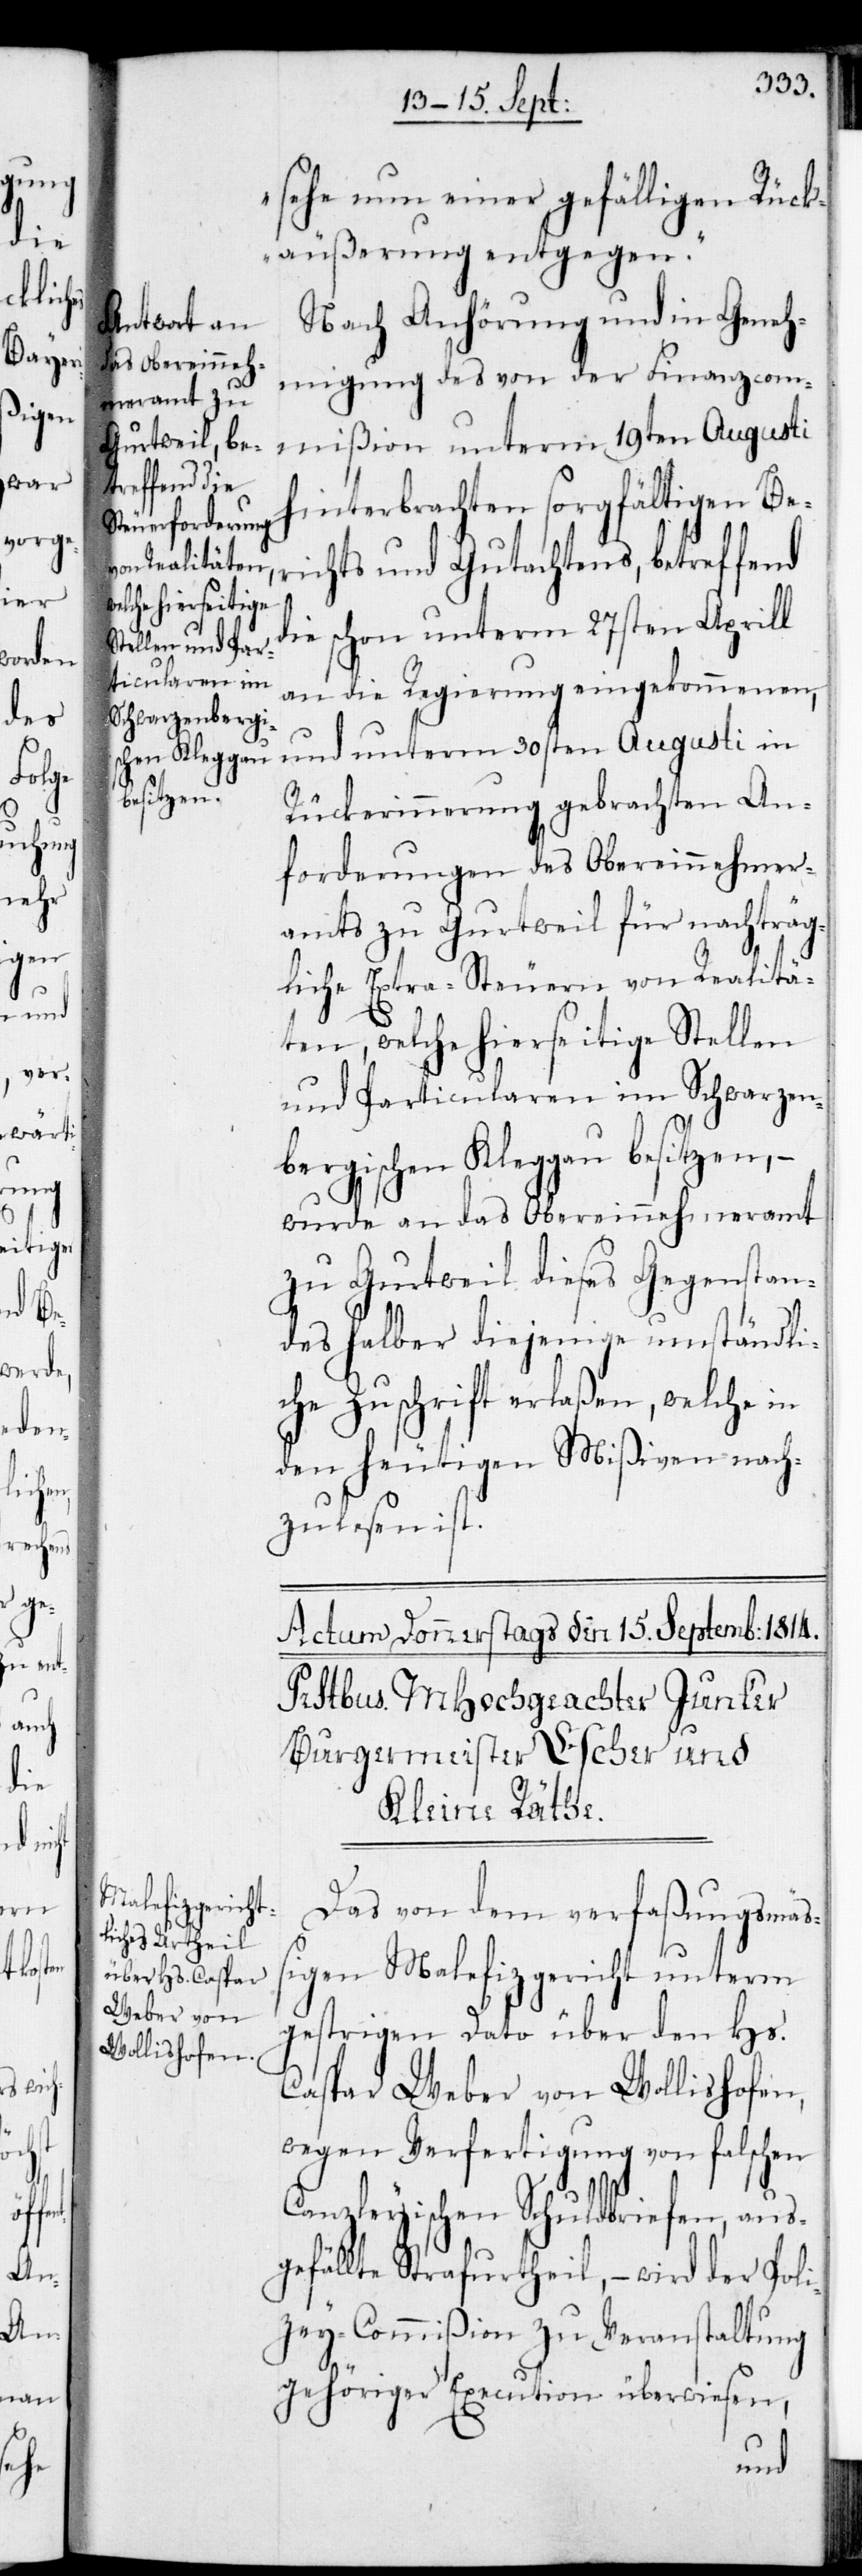
sehe nun einer gefälligen Rück¬
äußerung entegegen.“
Nach Anhörung und in Geneh¬
migung des von der Finanzcom¬
mißion unterm 19ten Augusti
hinterbrachten sorgfältigen Be¬
richts und Gutachtens, betreffend
die schon unterm 27sten Aprill
an die Regierung eingekommenen,
und unterm 30sten Augusti in
Rückerinnerung gebrachten An¬
forderungen des Obereinnehmer¬
amts zu Gurtweil für nachträg¬
liche Extra-Steuern von Realitä¬
ten, welche hierseitige Stellen
und Particularen im Schwarzen¬
bergischen Kleggau besitzen, –
wurde an das Oberreinnehmeramt
zu Gurtweil dieses Gegenstan¬
des halber diejenige umständli¬
che Zuschrift erlaßen, welche in
den heutigen Mißiven nach¬
zulesen ist.
Das von dem verfaßungsmäß¬
igen Malefizgericht unterm
gestrigen Dato über den Hs.
Caspar Weber von Wollishofen,
wegen Verfertigung von falschen
Canzleyischen Schuldbriefen, aus¬
gefällte Strafurtheil , – wird der Poli¬
zey-Commißion zu Veranstaltung
gehöriger Execution überwiesen,